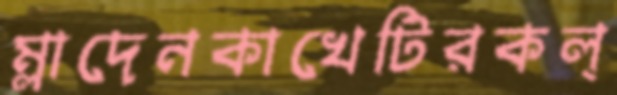
ম্লাদেনকাখেটিরকল্